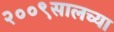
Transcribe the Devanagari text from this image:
२००९सालच्या